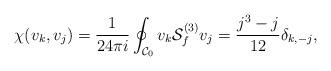
LaTeX: \begin{align*}\chi(v_k,v_j)={1\over 24\pi i}\oint_{{\cal C}_0} v_k {\cal S}^{(3)}_f v_j={j^3-j\over 12}\delta_{k,-j},\end{align*}